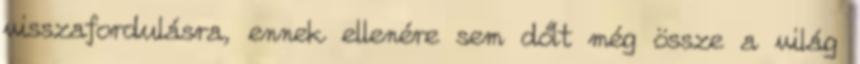
visszafordulásra, ennek ellenére sem dőlt még össze a világ